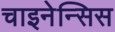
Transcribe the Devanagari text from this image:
चाइनेन्सिस